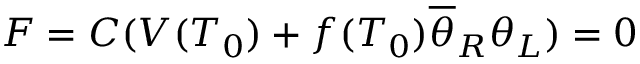
F = C ( V ( T _ { 0 } ) + f ( T _ { 0 } ) \overline { { { \theta } } } _ { R } \theta _ { L } ) = 0